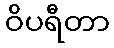
ဝိပရီတာ